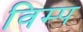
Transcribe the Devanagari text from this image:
विम्प